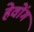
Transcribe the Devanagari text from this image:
हेवोंग